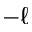
- \ell